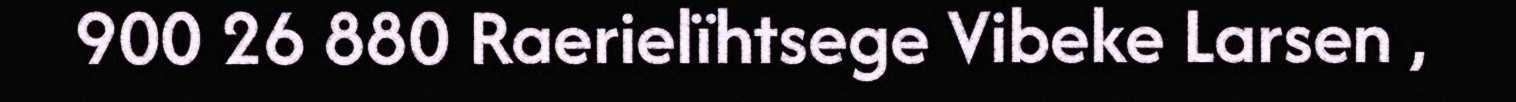
900 26 880 Raerielïhtsege Vibeke Larsen ,